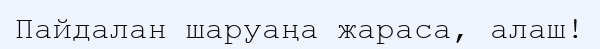
Пайдалан шаруаңа жараса, алаш!